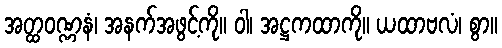
အတ္ထဝဏ္ဏနံ၊ အနက်အဖွင့်ကို။ ဝါ၊ အဋ္ဌကထာကို။ ယထာဗလံ၊ စွာ။